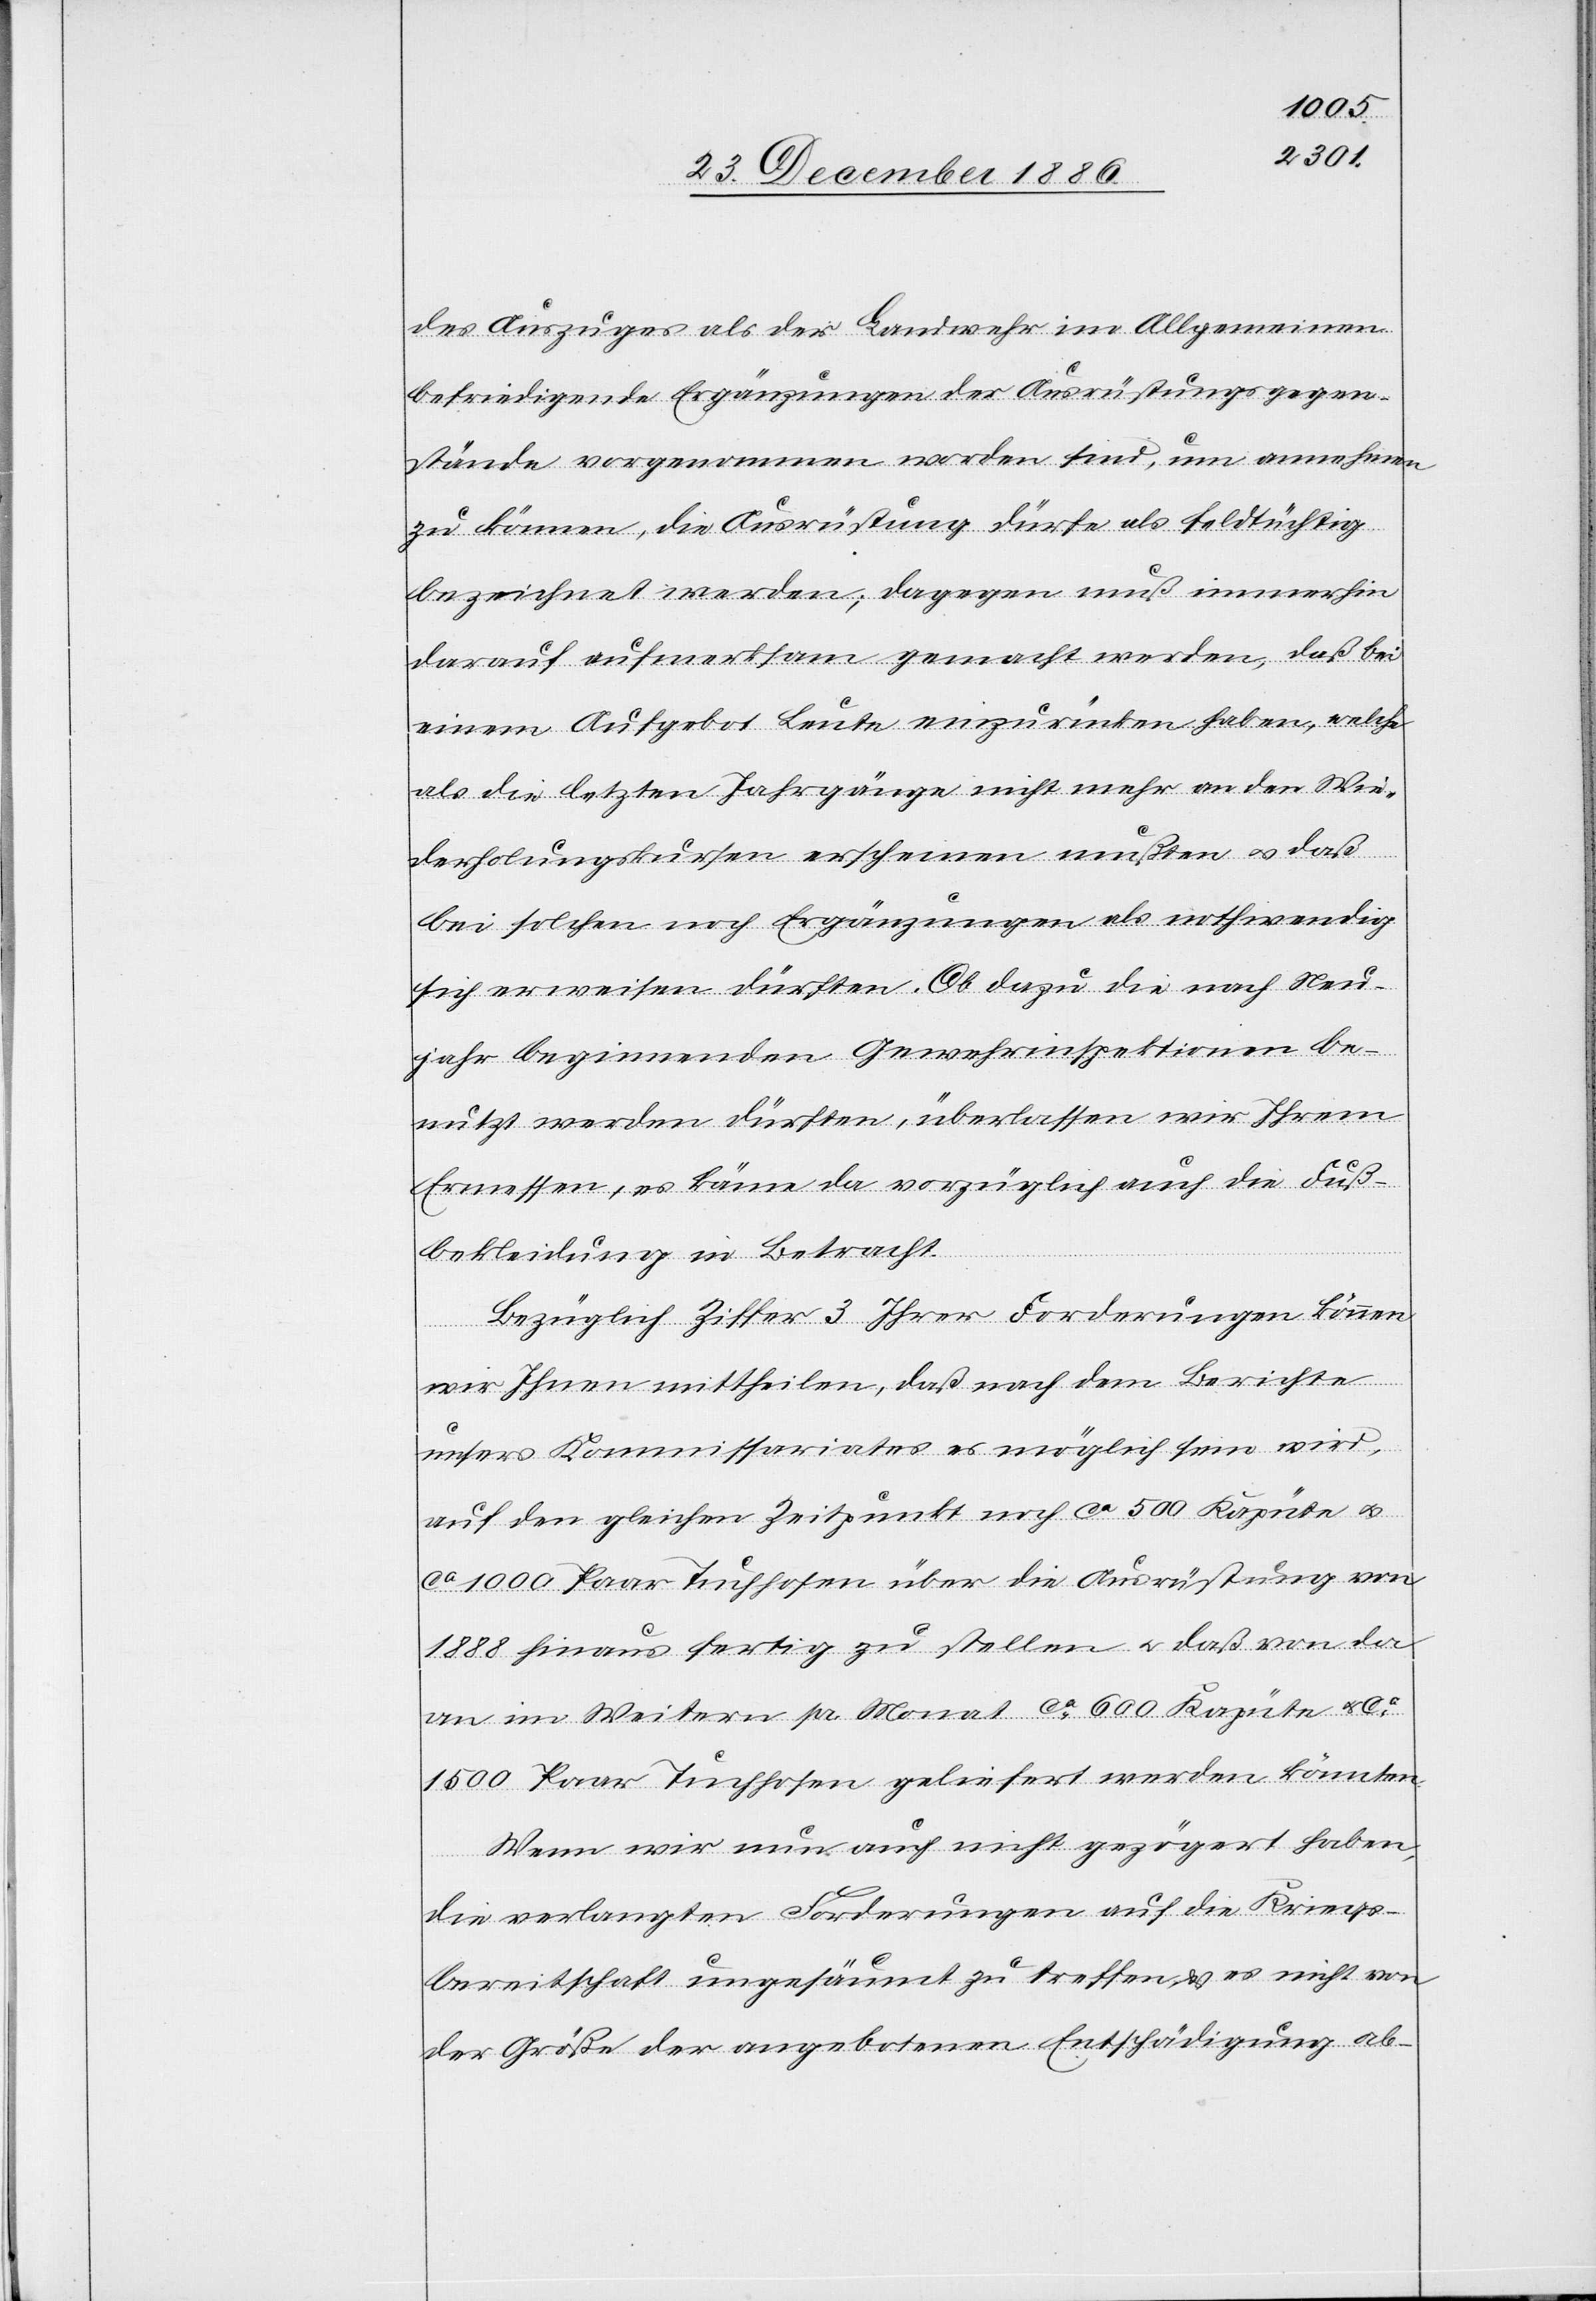
des Auszuges als der Landwehr im Allgemeinen
befriedigende Ergänzungen der Ausrüstungsgegen¬
stände vorgenommen worden sind, um annehmen
zu können, die Ausrüstung dürfe als feldtüchtig
bezeichnet werden; dagegen muß immerhin
darauf aufmerksam gemacht werden, daß bei
einem Aufgebot Leute einzurücken haben, welche
als die letzten Jahrgänge nicht mehr an den Wie¬
derholungskursen erscheinen mußten & daß
bei solchen noch Ergänzungen als nothwendig
sich erweisen dürften. Ob dazu die nach Neu¬
jahr beginnenden Gewehrinspektionen be¬
nutzt werden dürften, überlassen wir Ihrem
Ermessen, es käme da vorzüglich auch die Fuß¬
bekleidung in Betracht.
Bezüglich Ziffer 3 Ihrer Forderungen können
wir Ihnen mittheilen, daß nach dem Berichte
unsers Kommissariates es möglich sein wird,
auf den gleichen Zeitpunkt noch ca 500 Kapüte &
ca 1000 Paar Tuchhosen über die Ausrüstung von
1888 hinaus fertig zu stellen & daß von da
an im Weitern pr. Monat ca 600 Kapüte &
1500 Paar Tuchhosen geliefert werden könnten.
Wenn wir nun auch nicht gezögert haben,
die verlangten Forderungen auf die Kriegs¬
bereitschaft ungesäumt zu treffen & es nicht von
der Größe der angebotenen Entschädigung ab-